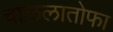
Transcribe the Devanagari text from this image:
चाललातोफा